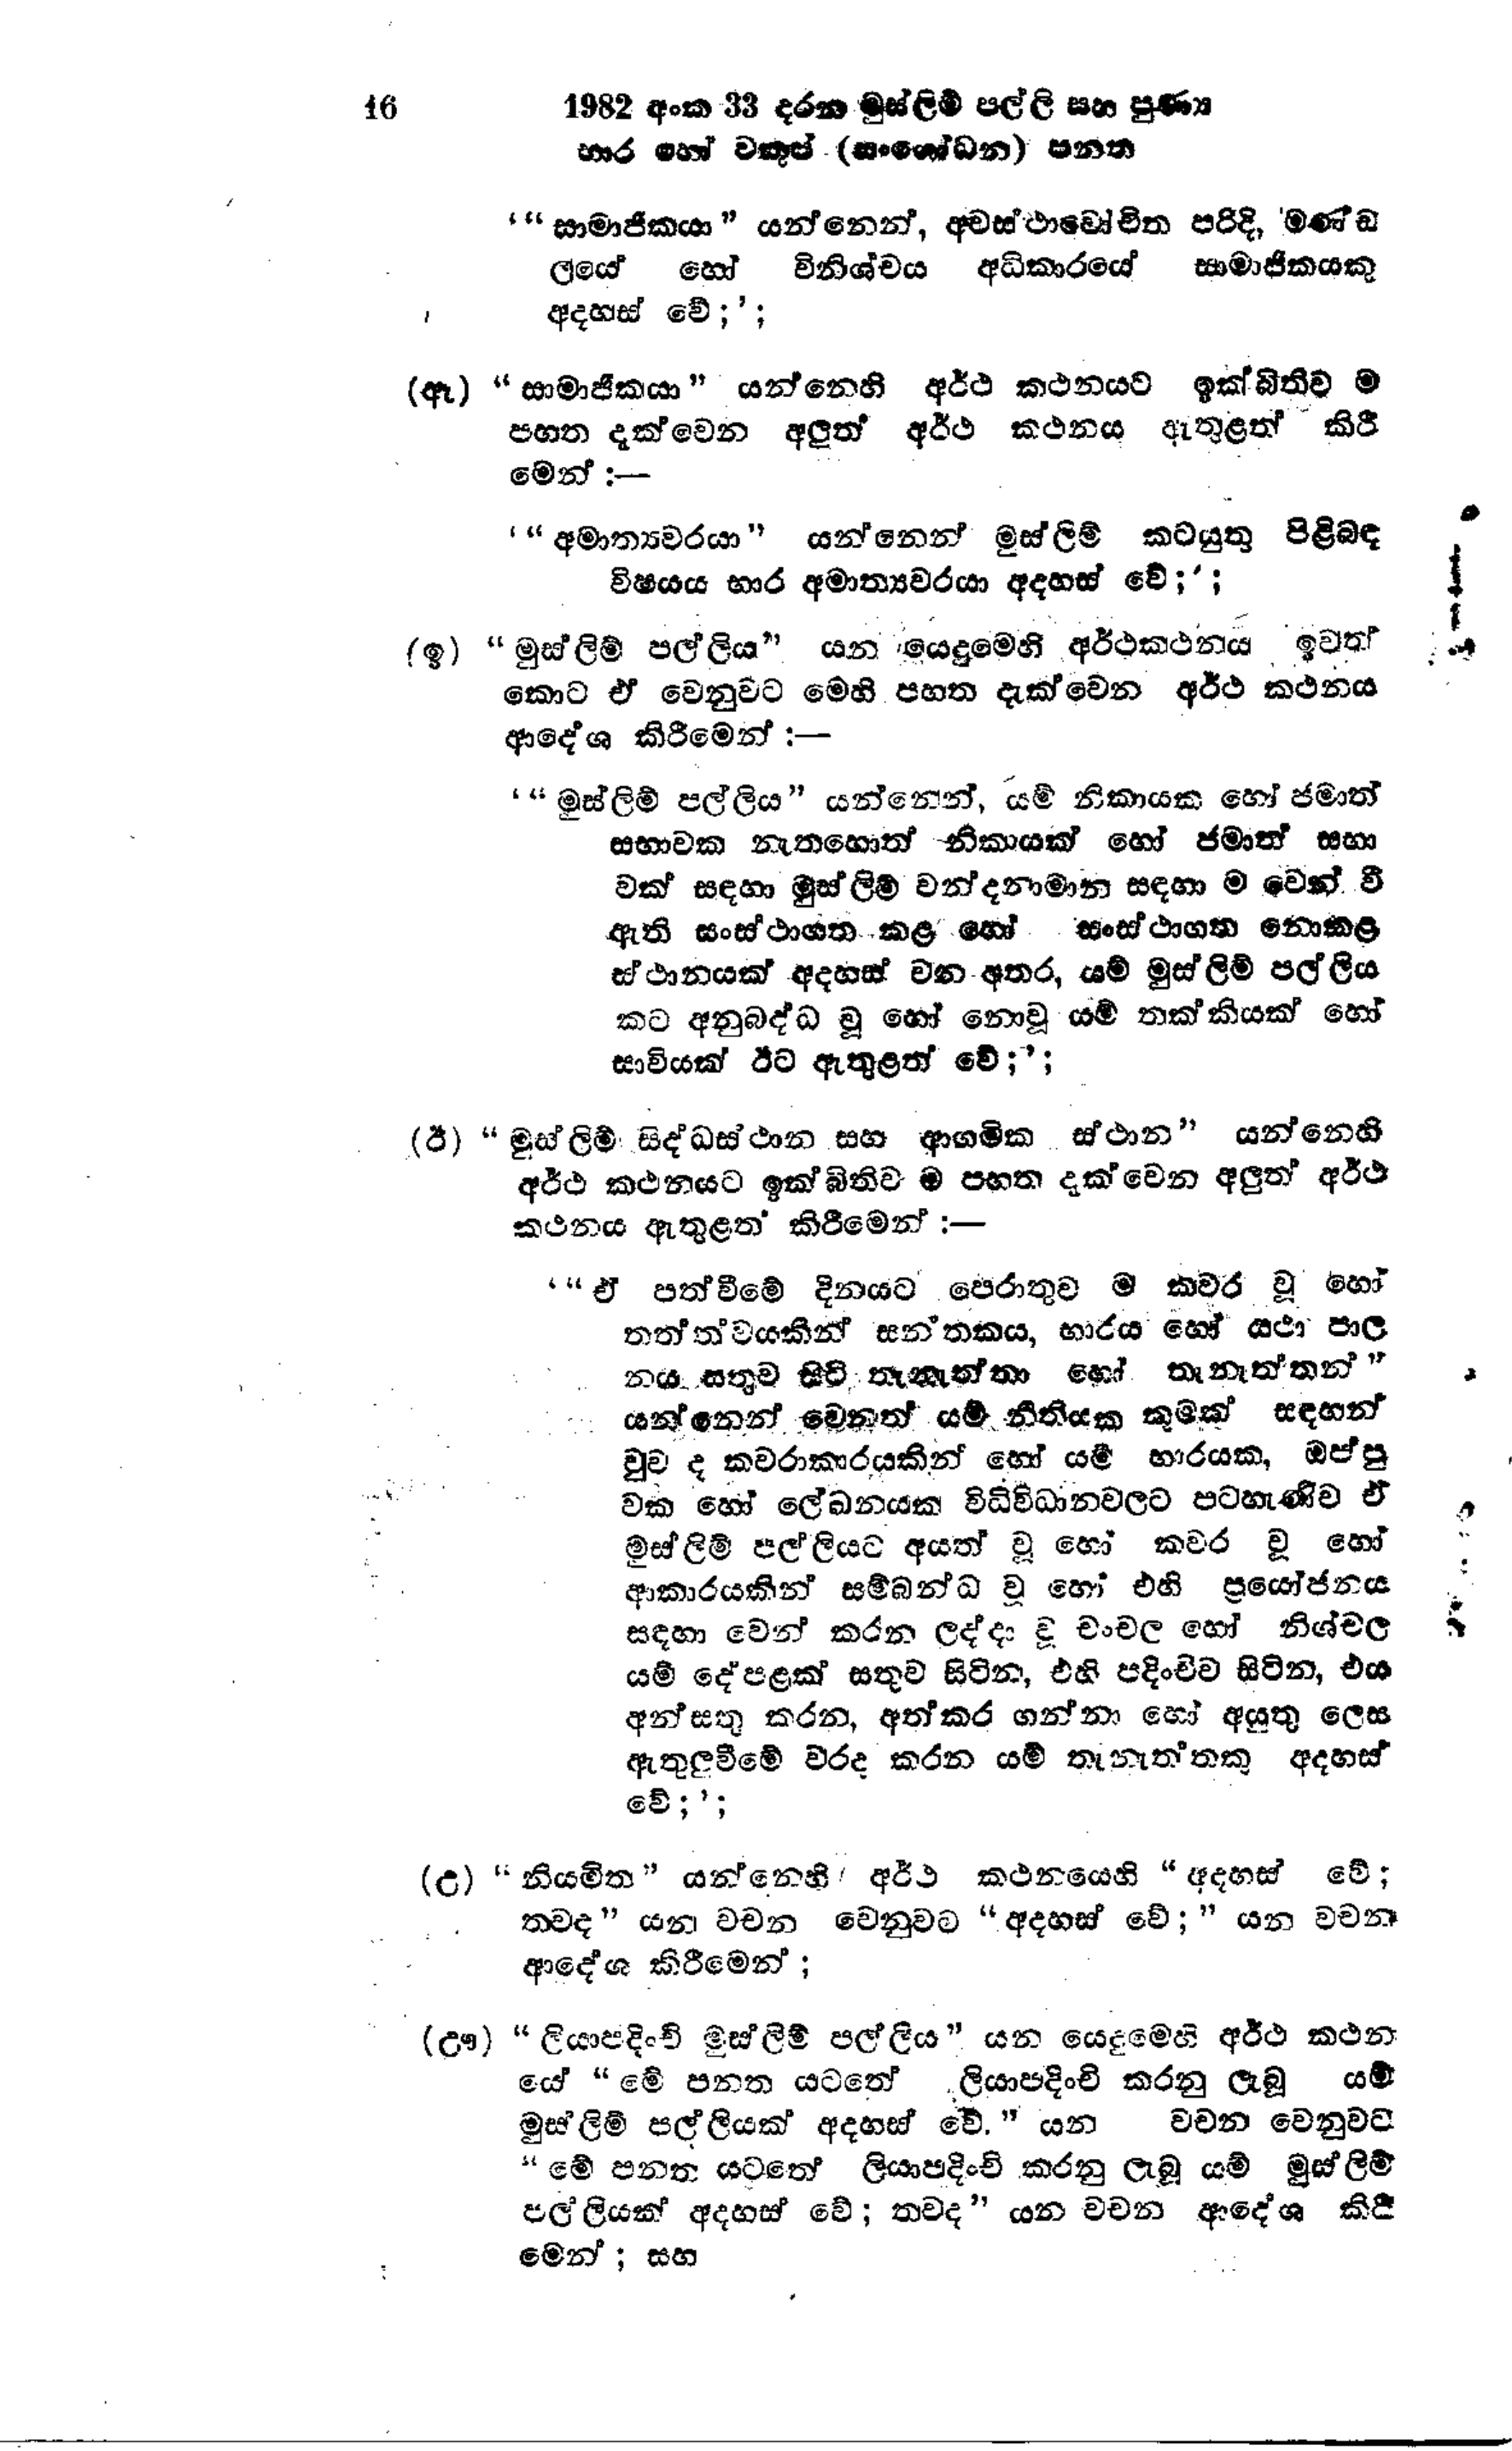
16 1982 අංක 33 දරන මුස්ලිම් පල්ලි සහ පුණ්‍ය
භාර හෝ වකුප් (සංශෝධන) පනත

' "සාමාජිකයා " යන්නෙන්, අවස්ථාවෝචිත පරිදි, මණ්ඩ
ලයේ හෝ විනිශ්චය අධිකාරයේ සාමාජිකයකු
අදහස් වේ;';

(ඈ) "සාමාජිකයා " යන්නෙහි අර්ථ කථනයට ඉක්බිතිව ම
පහත දැක්වෙන අලුත් අර්ථ කථනය ඇතුළත් කිරී
මෙන්:-

'"අමාත්‍යවරයා " යන්නෙන් මුස්ලිම් කටයුතු පිළිබඳ
විෂයය භාර අමාත්‍යවරයා අදහස් වේ;';

(ඉ) "මුස්ලිම් පල්ලිය " යන යෙදුමෙහි අර්ථකථනය ඉවත්
කොට ඒ වෙනුවට මෙහි පහත දැක්වෙන අර්ථ කථනය
ආදේශ කිරීමෙන් :-

' "මුස්ලිම් පල්ලිය ” යන්නෙන්, යම් නිකායක හෝ ජමාත්
සභාවක නැතහොත් නිකායක් හෝ ජමාත් සභා
වක් සඳහා මුස්ලිම් වන්දනාමාන සඳහා වෙන් වී
ඇති සංස්ථාගත කළ හෝ සංස්ථාගත නොකළ
ස්ථානයක් අදහස් වන අතර, යම් මුස්ලිම් පල්ලිය
කට අනුබද්ධ වූ හෝ නොවූ යම් තක්කියක් හෝ
සාවියක් ඊට ඇතුළත් වේ;';

(ඊ) “මුස්ලිම් සිද්ධස්ථාන සහ ආගමික ස්ථාන " යන්නෙහි
අර්ථ කථනයට ඉක්බිතිව ම පහත දැක්වෙන අලුත් අර්ථ
කථනය ඇතුළත් කිරීමෙන් :—

' "ඒ පත්වීමේ දිනයට පෙරාතුව ම කවර වූ හෝ
තත්ත්වයකින් සන්තකය, භාරය හෝ යථා පාල
නය සතුව සිටි තැනැත්තා හෝ තැනැත්තන් "
යන්නෙන් වෙනත් යම් නීතියක කුමක් සඳහන්
වුව ද කවරාකාරයකින් හෝ යම් භාරයක, ඔප්පු
වක හෝ ලේඛනයක් විධිවිධානවලට පටහැණිව ඒ
මුස්ලිම් පල්ලියට අයත් වූ හෝ කවර වූ හෝ
ආකාරයකින් සම්බන්ධ වූ හෝ එහි ප්‍රයෝජනය
සඳහා වෙන් කරන ලද්දා වූ චංචල හෝ නිශ්චල
යම් දේපළක් සතුව සිටින, එහි පදිංචිව සිටින, එය
අන්සතු කරන, අත්කර ගන්නා හෝ අයුතු ලෙස
ඇතුලුවීමේ වරද කරන යම් තැනැත්තකු අදහස්
වේ;';

(උ)"නියමිත " යන්නෙහි අර්ථ කථනයෙහි "අදහස් වේ;
තවද " යන වචන වෙනුවට "අදහස් වේ;" යන වචන
ආදේශ කිරීමෙන්;

(ඌ) "ලියාපදිංචි මුස්ලිම් පල්ලිය " යන යෙදුමෙහි අර්ථ කථන
යේ "මේ පනත යටතේ ලියාපදිංචි කරනු ලැබූ යම්
මුස්ලිම් පල්ලියක් අදහස් වේ." යන වචන වෙනුවට
"මේ පනත යටතේ ලියාපදිංචි කරනු ලැබූ යම් මුස්ලිම්
පල්ලියක් අදහස් වේ; තවද " යන වචන ආදේශ කිරී
මෙන්; සහ